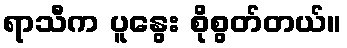
ရာသီက ပူနွေး စိုစွတ်တယ်။